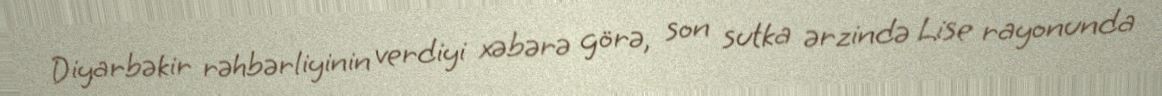
Diyarbəkir rəhbərliyinin verdiyi xəbərə görə, son sutka ərzində Lise rayonunda